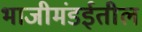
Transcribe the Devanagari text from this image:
भाजीमंडईतील